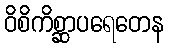
ဝိစိကိစ္ဆာပရေတေန